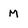
Character: M